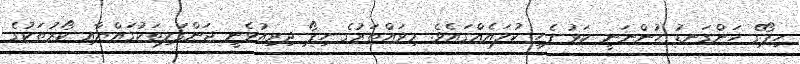
ހިޕޯގެ ހަންގަނޑު ހުންނަނީ ކަޅު-ފެހި ކުލައެއްގައެވެ. މިވައްތަރުގެ ހިޕޯ ދިރިއުޅެނީ ޖަންގަލިތަކުގައްޔާއި ކޯރުތަކުގެ